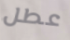
عطل